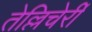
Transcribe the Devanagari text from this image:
तेल्लिचेर्री